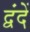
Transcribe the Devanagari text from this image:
द्वंदें